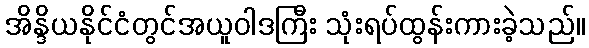
အိန္ဒိယနိုင်ငံတွင်အယူဝါဒကြီး သုံးရပ်ထွန်းကားခဲ့သည်။